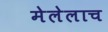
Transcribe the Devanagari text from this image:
मेलेलाच